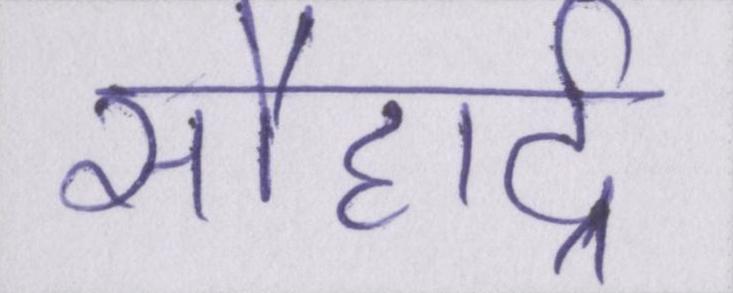
सौहार्द्र